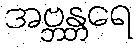
အဗ္ဘန္တရေ